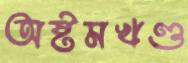
অষ্টমখণ্ড